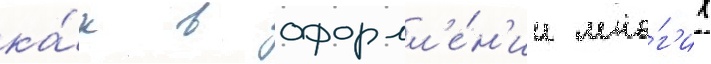
ка́к в оформл'е́н'ии мно́г'их